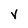
Character: V